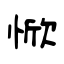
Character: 惞